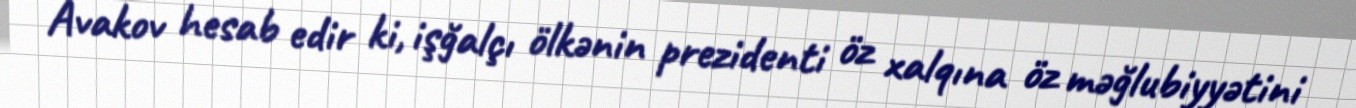
Avakov hesab edir ki, işğalçı ölkənin prezidenti öz xalqına öz məğlubiyyətini